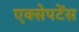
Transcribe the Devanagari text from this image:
एक्सेपटेंस